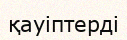
қауіптерді